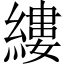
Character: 縷